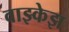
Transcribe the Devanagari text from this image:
वाझ्केझ